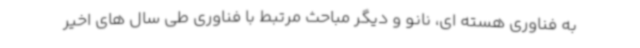
به فناوری هسته ای، نانو و دیگر مباحث مرتبط با فناوری طی سال های اخیر